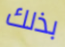
بذلك